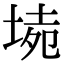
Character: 𡍡